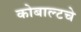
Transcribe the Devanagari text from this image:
कोबाल्टचे